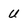
Character: u